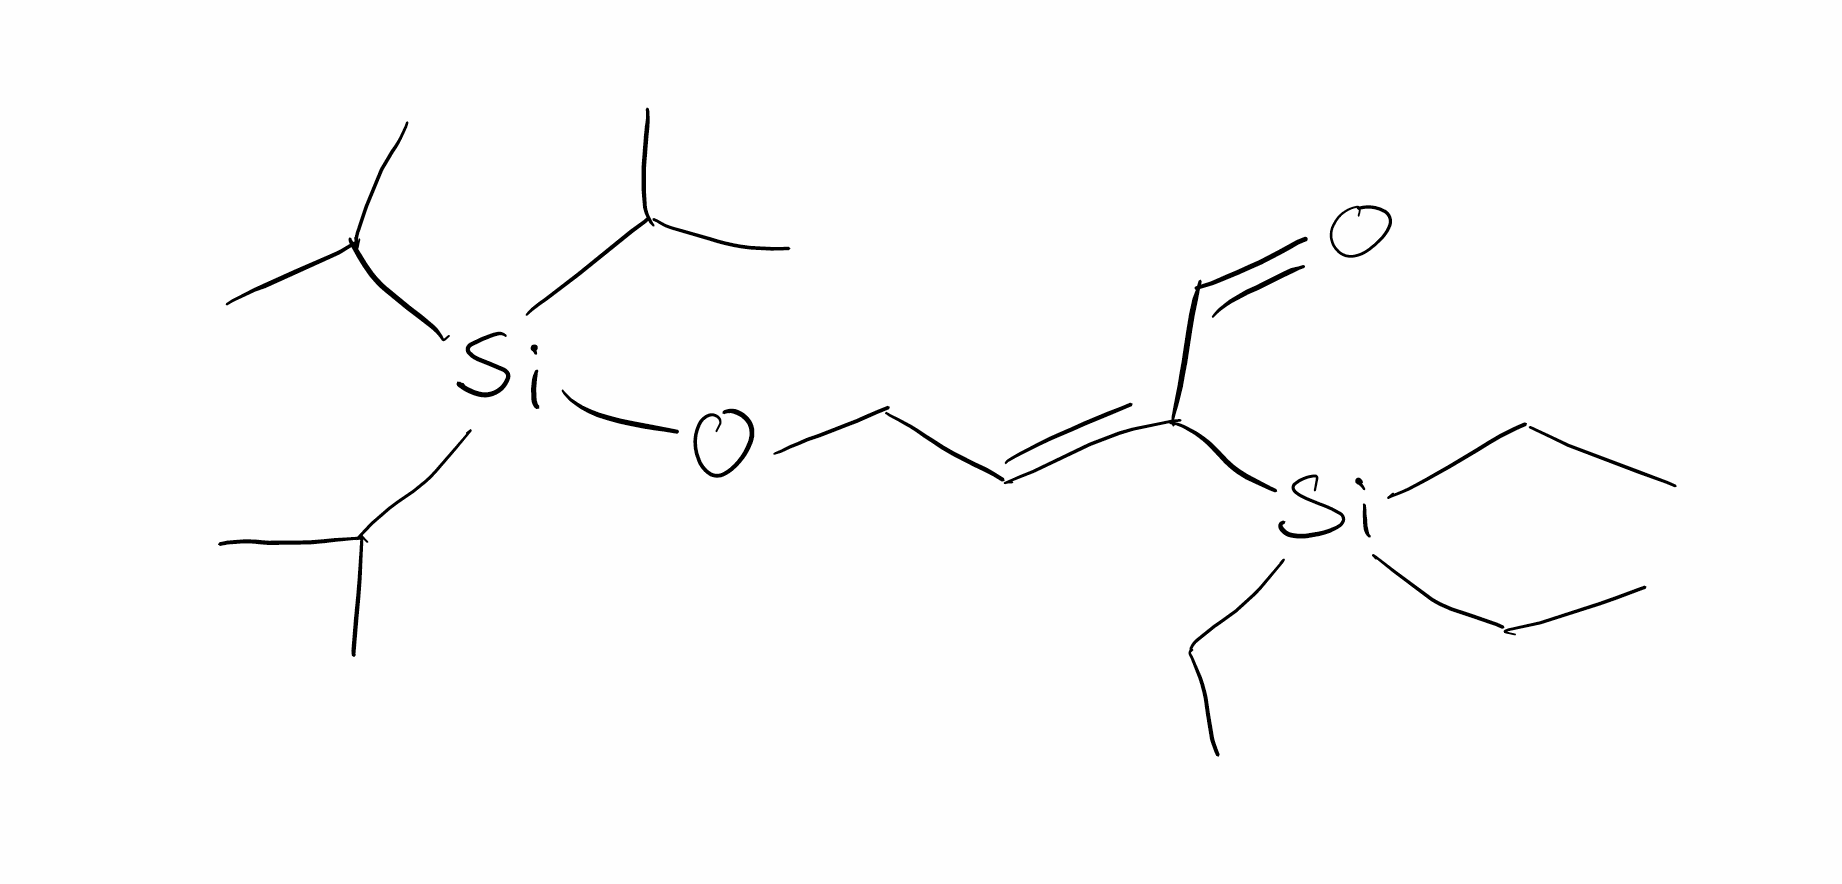
Simplified molecular-input line-entry system (SMILES) notation of the given molecule:
CC[Si](CC)(CC)/C(=C/CO[Si](C(C)C)(C(C)C)C(C)C)/C=O